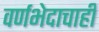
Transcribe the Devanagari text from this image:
वर्णभेदाचाही